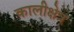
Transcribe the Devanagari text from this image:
कालीक्षेत्र